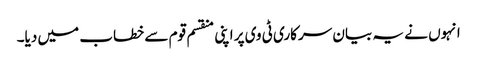
انہوں نے یہ بیان سرکاری ٹی وی پر اپنی منقسم قوم سے خطاب میں دیا۔